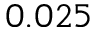
0 . 0 2 5